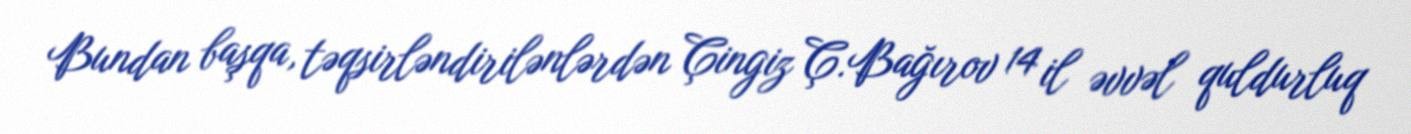
Bundan başqa, təqsirləndirilənlərdən Çingiz Ç.Bağırov 14 il əvvəl quldurluq